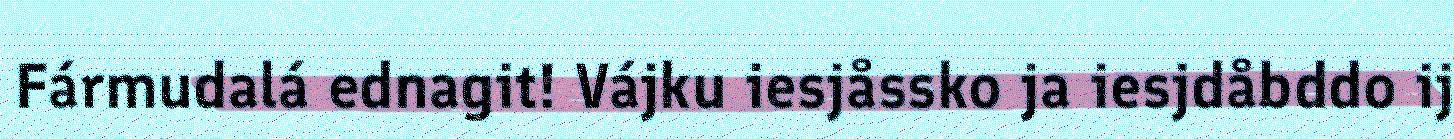
Fármudalá ednagit! Vájku iesjåssko ja iesjdåbddo ij